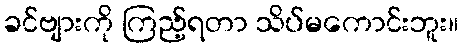
ခင်ဗျားကို ကြည့်ရတာ သိပ်မကောင်းဘူး။